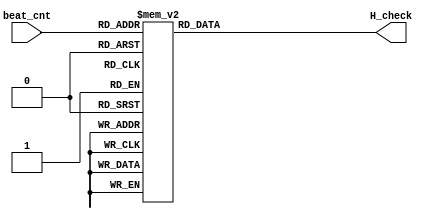
`timescale 1ns / 1ps
//////////////////////////////////////////////////////////////////////////////////
// Company: 
// Engineer: 
// 
// Design Name: 
// Module Name: H_check
// Project Name: 
// Target Devices: 
// Tool Versions: 
// Description: 
// 
// Dependencies: 
// 
// Revision:
// Revision 0.01 - Hile Created
// Additional Comments:
// 
//////////////////////////////////////////////////////////////////////////////////


module H_check( /*input*/ beat_cnt,  /*output*/ H_check );

    input [6:0] beat_cnt;
    output reg [5:0] H_check;

    always@*
    begin
        case( beat_cnt )
            1: H_check = 6'd0;
            2: H_check = 6'd0;
            3: H_check = 6'd1;
            4: H_check = 6'd2;

            5: H_check = 6'd2;
            6: H_check = 6'd2;
            7: H_check = 6'd3;
            8: H_check = 6'd4;

            9: H_check = 6'd4;
            10: H_check = 6'd4;
            11: H_check = 6'd5;
            12: H_check = 6'd6;

            13: H_check = 6'd6;
            14: H_check = 6'd6;
            15: H_check = 6'd6;
            16: H_check = 6'd6;

            17: H_check = 6'd7;
            18: H_check = 6'd8;
            19: H_check = 6'd8;
            20: H_check = 6'd8;

            21: H_check = 6'd9;
            22: H_check = 6'd10;
            23: H_check = 6'd10;
            24: H_check = 6'd10;

            25: H_check = 6'd11;
            26: H_check = 6'd12;
            27: H_check = 6'd12;
            28: H_check = 6'd12;

            29: H_check = 6'd13;
            30: H_check = 6'd14;
            31: H_check = 6'd15;
            32: H_check = 6'd16;

            33: H_check = 6'd16;
            34: H_check = 6'd16;
            35: H_check = 6'd17;
            36: H_check = 6'd17;

            37: H_check = 6'd18;
            38: H_check = 6'd18;
            39: H_check = 6'd19;
            40: H_check = 6'd19;

            41: H_check = 6'd20;
            42: H_check = 6'd20;
            43: H_check = 6'd21;
            44: H_check = 6'd21;

            45: H_check = 6'd22;
            46: H_check = 6'd22;
            47: H_check = 6'd23;
            48: H_check = 6'd23;

            49: H_check = 6'd24;
            50: H_check = 6'd24;
            51: H_check = 6'd25;
            52: H_check = 6'd25;

            53: H_check = 6'd26;
            54: H_check = 6'd26;
            55: H_check = 6'd27;
            56 : H_check = 6'd27;

            57: H_check = 6'd28;
            58: H_check = 6'd28;
            59: H_check = 6'd29;
            60: H_check = 6'd29;

            61: H_check = 6'd30;
            62: H_check = 6'd30;
            63: H_check = 6'd31;
            64: H_check = 6'd31;

            65: H_check = 6'd32;
            66: H_check = 6'd33;
            67: H_check = 6'd33;
            68: H_check = 6'd33;

            69: H_check = 6'd34;
            70: H_check = 6'd35;
            71: H_check = 6'd35;
            72: H_check = 6'd35;

            73: H_check = 6'd36;
            74: H_check = 6'd36;
            75: H_check = 6'd37;
            76: H_check = 6'd37;

            77: H_check = 6'd38;
            78: H_check = 6'd38;
            79: H_check = 6'd39;
            80: H_check = 6'd39;

            81: H_check = 6'd39;
            82: H_check = 6'd39;
            83: H_check = 6'd40;
            84: H_check = 6'd40;

            85: H_check = 6'd40;
            86: H_check = 6'd40;
            87: H_check = 6'd41;
            88: H_check = 6'd41;

            89: H_check = 6'd42;
            90: H_check = 6'd42;
            91: H_check = 6'd43;
            92: H_check = 6'd44;

            93: H_check = 6'd44;
            94: H_check = 6'd44;
            95: H_check = 6'd44;
            96: H_check = 6'd44;


            default H_check = 6'd0;
        endcase
    end

endmodule